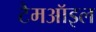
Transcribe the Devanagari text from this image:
टैमऑइल